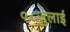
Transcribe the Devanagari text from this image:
०८जुलाई